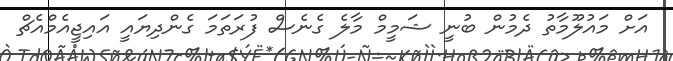
އަށް މައުލޫމާތު ދެމުން ބުނީ ޝަމީމް މާލެ ގެނެސް ފުރަތަމަ ގެންދިޔައީ އައިޖީއެމްއެޗް